Report of the Indian Hemp Drugs Commission, 1894-1895 - Volume IV
Year: 1894
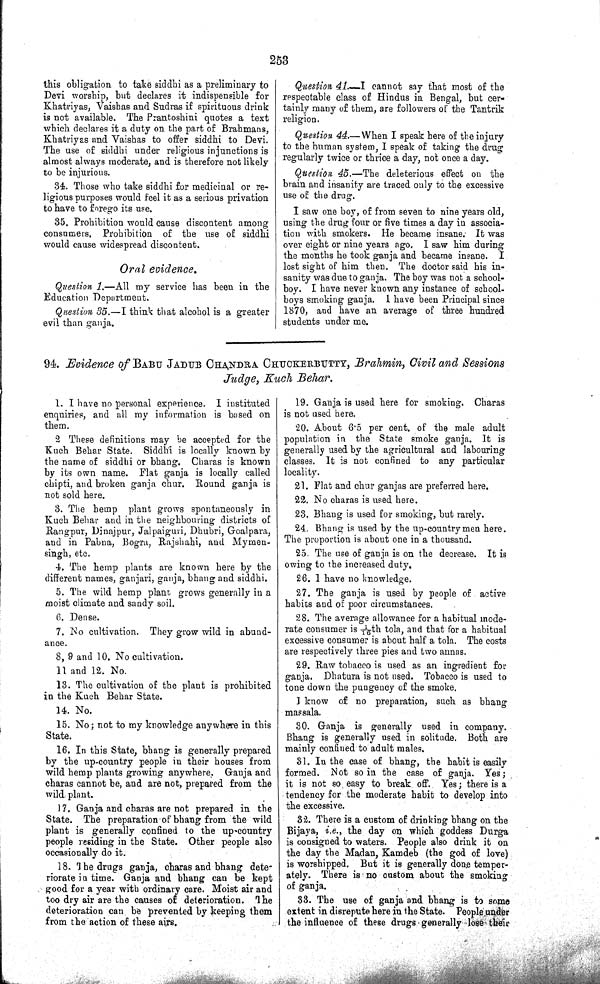
253
this obligation to take siddhi as a preliminary to
Devi worship, but declares it indispensible for
Khatriyas, Vaishas and Sudras if spirituous drink
is not available. The Prantoshini quotes a text
which declares it a duty on the part of Brahmans,
Khatriyas and Vaishas to offer siddhi to Devi.
The use of siddhi under religious injunctions is
almost always moderate, and is therefore not likely
to be injurious.
34. Those who take siddhi for medicinal or re-
ligious purposes would feel it as a serious privation
to have to forego its use.
35. Prohibition would cause discontent among
consumers. Prohibition of the use of siddhi
would cause widespread discontent.
Oral
evidence.
Question 1.—All my service has been in the
Education Department.
Question 35.—I think that alcohol is a greater
evil than ganja.
Question 41.—I cannot say that most of the
respectable class of Hindus in Bengal, but cer-
tainly many of them, are followers of the Tantrik
religion.
Question 44.—When I speak here of the injury
to the human system, I speak of taking the drug
regularly twice or thrice a day, not once a day.
Question 45.—The deleterious effect on the
brain and insanity are traced only to the excessive
use of the drug.
I saw one boy, of from seven to nine years old,
using the drug four or five times a day in associa-
tion with smokers. He became insane. It was
over eight or nine years ago. I saw him during
the months he took ganja and became insane. I
lost sight of him then. The doctor said his in-
sanity was due to ganja. The boy was not a school-
boy. I have never known any instance of school-
boys smoking ganja. I have been Principal since
1870, and have an average of three hundred
students under me.
94. Evidence of BABU JADUB CHANDRA CHUCKERBUTTY, Brahmin, Civil and Sessions
Judge, Kuch Behar.
1. I have no personal experience. I instituted
enquiries, and all my information is based on
them.
2 These definitions may be accepted for the
Kuch Behar State. Siddhi is locally known by
the name of siddhi or bhang. Charas is known
by its own name. Flat ganja is locally called
chipti, and broken ganja chur. Round ganja is
not sold here.
3. The hemp plant grows spontaneously in
Kuch Behar and in the neighbouring districts of
Rangpur, Dinajpur, Jalpaiguri, Dhubri, Goalpara,
and in Pabna, Bogra, Rajshahi, and Mymen-
singh, etc.
4. The hemp plants are known here by the
different names, ganjari, ganja, bhang and siddhi.
5. The wild hemp plant grows generally in a
moist climate and sandy soil.
6. Dense.
7. No cultivation. They grow wild in abund-
ance.
8, 9 and 10. No cultivation.
11 and 12. No.
13. The cultivation of the plant is prohibited
in the Kuch Behar State.
14. No.
15. No; not to my knowledge anywhere in this
State.
16. In this State, bhang is generally prepared
by the up-country people in their houses from
wild hemp plants growing anywhere, Ganja and
charas cannot be, and are not, prepared from the
wild plant.
17. Ganja and charas are not prepared in the
State. The preparation of bhang from the wild
plant is generally confined to the up-country
people residing in the State. Other people also
occasionally do it.
18. The drugs ganja, charas and bhang dete-
riorate in time. Ganja and bhang can be kept
good for a year with ordinary care. Moist air and
too dry air are the causes of deterioration. The
deterioration can be prevented by keeping them
from the action of these airs.
19. Ganja is used here for smoking. Charas
is not used here.
20. About 6.5 per cent. of the male adult
population in the State smoke ganja. It is
generally used by the agricultural and labouring
classes. It is not confined to any particular
locality.
21. Flat and chur ganjas are preferred here.
22. No charas is used here.
23. Bhang is used for smoking, but rarely.
24. Bhang is used by the up-country men here.
The proportion is about one in a thousand.
25. The use of ganja is on the decrease. It is
owing to the increased duty.
26. I have no knowledge.
27. The ganja is used by people of active
habits and of poor circumstances.
28. The average allowance for a habitual mode-
rate consumer is 1/16th tola, and that for a habitual
excessive consumer is about half a tola. The costs
are respectively three pies and two annas.
29. Raw tobacco is used as an ingredient for
ganja. Dhatura is not used. Tobacco is used to
tone down the pungency of the smoke.
I know of no preparation, such as bhang
massala.
30. Ganja is generally used in company.
Bhang is generally used in solitude. Both are
mainly confined to adult males.
31. In the case of bhang, the habit is easily
formed. Not so in the case of ganja. Yes;
it is not so easy to break off. Yes; there is a
tendency for the moderate habit to develop into
the excessive.
32. There is a custom of drinking bhang on the
Bijaya, i.e., the day on which goddess Durga
is consigned to waters. People also drink it on
the day the Madan, Kamdeb (the god of love)
is worshipped. But it is generally done temper-
ately. There is no custom about the smoking
of ganja.
33. The use of ganja and bhang is to some
extent in disrepute here in the State. People under
the influence of these drugs generally lose their